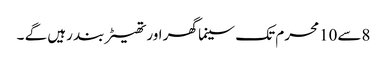
8سے10محرم تک سینما گھر اور تھیٹر بند رہیں گے ۔